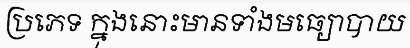
ប្រភេទ ក្នុងនោះមានទាំងមធ្យោបាយ